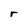
Character: r